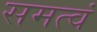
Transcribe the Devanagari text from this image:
समत्वं